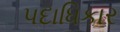
પદાધિકાર